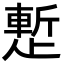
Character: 𬆉